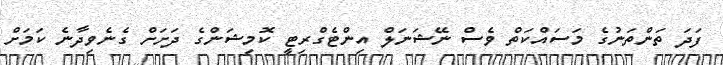
ފަދަ ތަންތަނުގެ މަސައްކަތް ވެސް ނޭޝަނަލް އިންޓެގްރިޓީ ކޮމިޝަންގެ ދަށަށް ގެނެވިދާނެ ކަމަށް